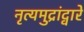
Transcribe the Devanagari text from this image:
नृत्यमुद्रांद्वारे